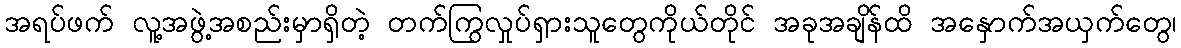
အရပ်ဖက် လူ့အဖွဲ့အစည်းမှာရှိတဲ့ တက်ကြွလှုပ်ရှားသူတွေကိုယ်တိုင် အခုအချိန်ထိ အနှောက်အယှက်တွေ၊